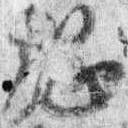
綱